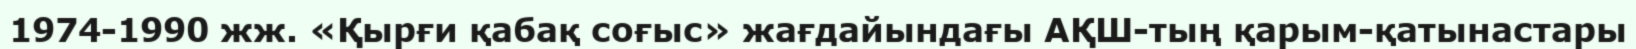
1974-1990 жж. «Қырғи қабақ соғыс» жағдайындағы АҚШ-тың қарым-қатынастары